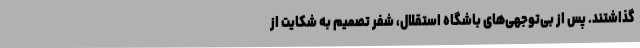
گذاشتند. پس از بی‌توجهی‌های باشگاه استقلال، شفر تصمیم به شکایت از